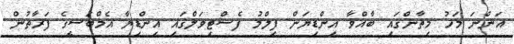
އަންނަ މަހު މިތާންގައި ބާއްވާ އިންޑިޔަން ފިލްމު ފެސްޓިވަލްގައި އިންޑިޔާ އެމްބަސީގެ ފަރާތުން